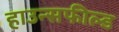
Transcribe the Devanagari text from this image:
हाउन्सफील्ड